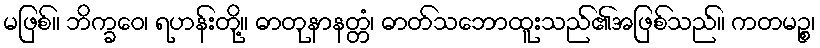
မဖြစ်။ ဘိက္ခဝေ၊ ရဟန်းတို့။ ဓာတုနာနတ္တံ၊ ဓာတ်သဘောထူးသည်၏အဖြစ်သည်။ ကတမဉ္စ၊